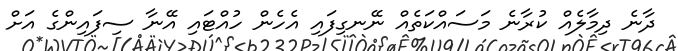
ދާނެ ދިމާލެއް ކުރާނެ މަސައްކަތެއް ނޭނގިފައި އެހެން ހުއްޓައި އޭނާ ސިފައިންގެ އަށް